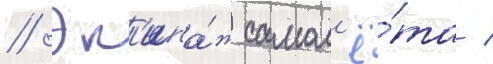
// Эк'ипа́ж самол'ё́та /